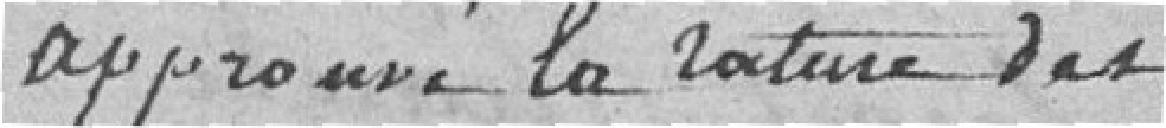
approuvé la rature des